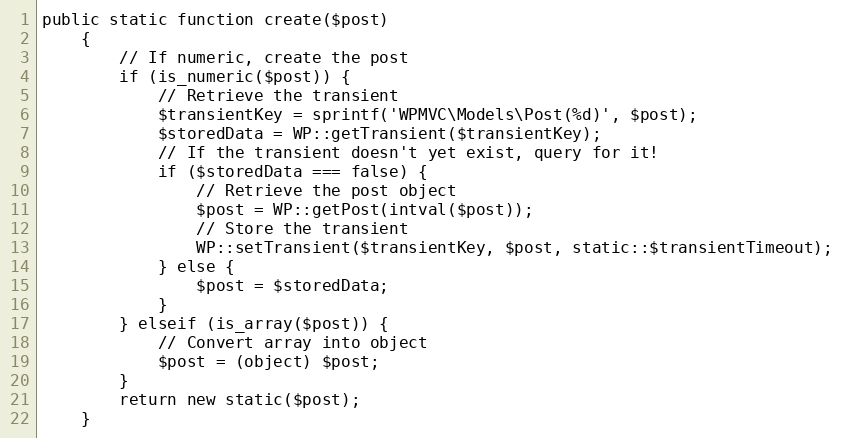
Language: PHP
public static function create($post)
    {
        // If numeric, create the post
        if (is_numeric($post)) {
            // Retrieve the transient
            $transientKey = sprintf('WPMVC\Models\Post(%d)', $post);
            $storedData = WP::getTransient($transientKey);
            // If the transient doesn't yet exist, query for it!
            if ($storedData === false) {
                // Retrieve the post object
                $post = WP::getPost(intval($post));
                // Store the transient
                WP::setTransient($transientKey, $post, static::$transientTimeout);
            } else {
                $post = $storedData;
            }
        } elseif (is_array($post)) {
            // Convert array into object
            $post = (object) $post;
        }
        return new static($post);
    }